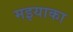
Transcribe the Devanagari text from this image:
मइयाका